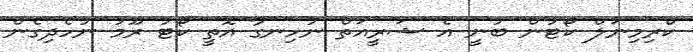
ކްރިމިނަލް ކޯޓުން ބުނީ އެ ޝަރީއަތް ނުހިނގާ އޮތީ ކޯޓު ރޫމު ނުހެދިގެން